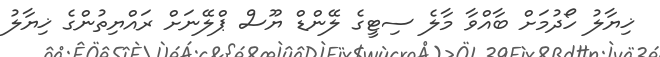
ޚިޔާލު ހޯދުމަށް ބާއްވާ މާލެ ސިޓީގެ ލޭންޑް ޔޫސް ޕްލޭނަށް ރައްޔިތުންގެ ޚިޔާލު